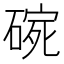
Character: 𱴣